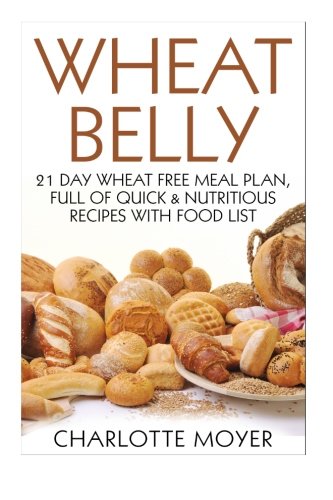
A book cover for Wheat Belly: 21 Day Wheat-Free Meal Plan, Full of Quick and Nutritious Recipes with Complete Food List (Starting the Wheat Belly Diet) (Volume 2); Charlotte Moyer; Cookbooks, Food & Wine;